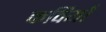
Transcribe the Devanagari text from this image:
कवियोँ